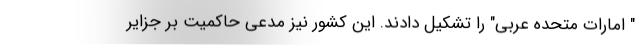
" امارات متحده عربی" را تشکیل دادند. این کشور نیز مدعی حاکمیت بر جزایر